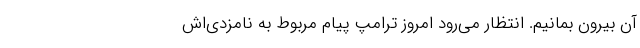
آن بیرون بمانیم. انتظار می‌رود امروز ترامپ پیام مربوط به نامزدی‌اش